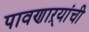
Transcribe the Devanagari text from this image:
पावणाऱ्यांची